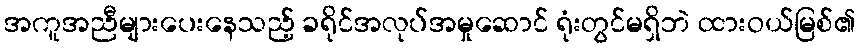
အကူအညီများပေးနေသည့် ခရိုင်အလုပ်အမှုဆောင် ရုံးတွင်မရှိဘဲ ထားဝယ်မြစ်၏